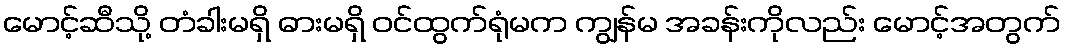
မောင့်ဆီသို့ တံခါးမရှိ ဓားမရှိ ဝင်ထွက်ရုံမက ကျွန်မ အခန်းကိုလည်း မောင့်အတွက်